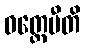
ဝတ္တေမီတိ